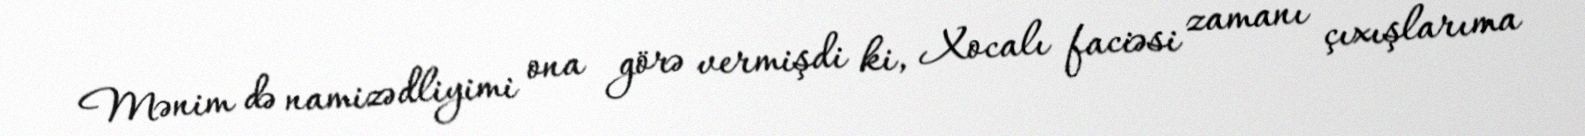
Mənim də namizədliyimi ona görə vermişdi ki, Xocalı faciəsi zamanı çıxışlarıma